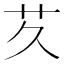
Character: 𬜢